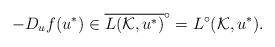
LaTeX: \begin{align*}-D_uf(u^*) \in \overline{L(\mathcal{K}, u^*)}^\circ = L^\circ(\mathcal{K}, u^*).\end{align*}